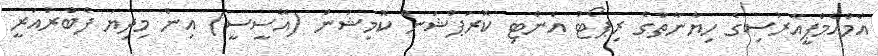
އެމްއެމްޕީއާރުސިގެ ހިޔާނާތުގެ ރިޕޯޓު އެންޓި ކޮރަޕްޝަން ކޮމިޝަން (އޭސީސީ) އިން މިދިޔަ ފެބްރުއަރީ